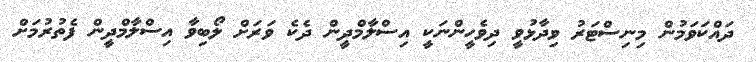
ދައްކަވަމުން މިނިސްޓަރު ވިދާޅުވީ ދިވެހީންނަކީ އިސްލާމްދީން ދެކެ ވަރަށް ލޯބިވާ އިސްލާމްދީން ފެތުރުމަށް